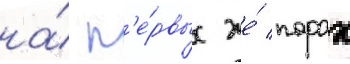
на́ п'е́рвых же́ порах